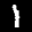
Label: 1